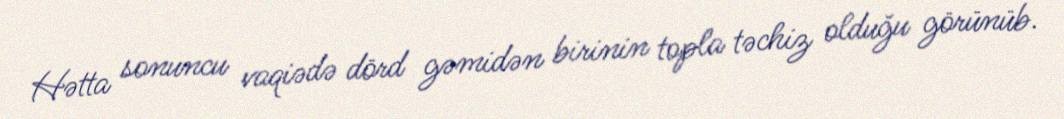
Hətta sonuncu vaqiədə dörd gəmidən birinin topla təchiz olduğu görünüb.